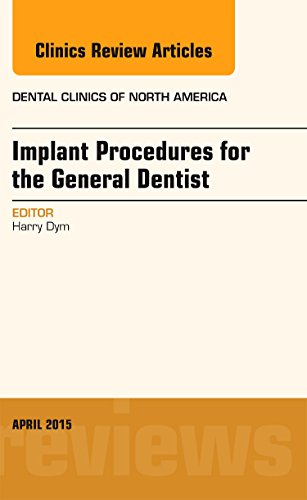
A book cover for Implant Procedures for the General Dentist, An Issue of Dental Clinics of North America, 1e (The Clinics: Dentistry); Harry Dym DDS; Medical Books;